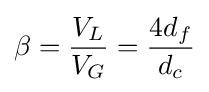
\beta ={\frac {V_{L}}{V_{G}}}={\frac {4d_{f}}{d_{c}}}